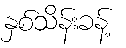
နှစ်သိန်းခန့်